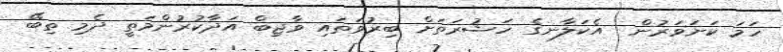
ހަމަ ކަށަވަރުން  އެކަލާނގެ ހަޝުރަތަށް ބިރުވަތައި ވާޖިބް އަދާކުރުންމަތީ ދެމި ތިބޭ